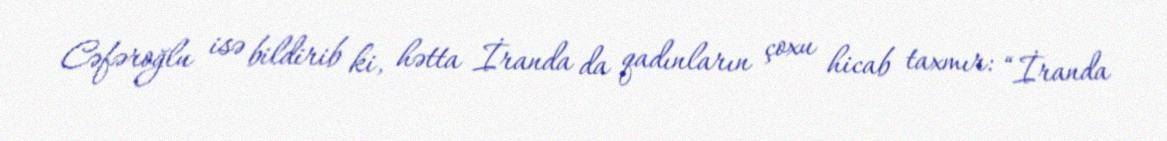
Cəfəroğlu isə bildirib ki, hətta İranda da qadınların çoxu hicab taxmır: “İranda